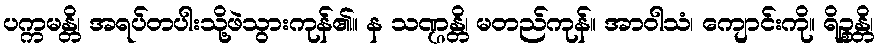
ပက္ကမန္တိ၊ အရပ်တပါးသို့ဖဲသွားကုန်၏။ န သဏ္ဌန္တိ၊ မတည်ကုန်။ အာဝါသံ၊ ကျောင်းကို။ ရိဉ္စန္တိ၊